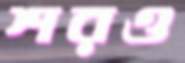
শরও